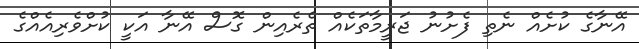
އޭނާގެ ކުށެއް ނެތި ފެށުނު ޖަރީމާތަކެއް ތެރެއިން ގޮސް އޭނާ އަކީ ކުށްވެރިއެއްގެ